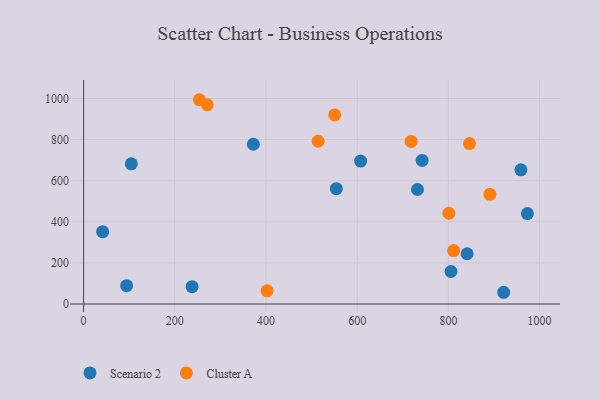
{"axis": {"x": "Investment", "y": "Demand"}, "legend": ["Cluster A", "Scenario 2"], "data": [{"x": "732.2", "y": 557.2, "type": "Scenario 2"}, {"x": "805.7", "y": 158.1, "type": "Scenario 2"}, {"x": "237.9", "y": 84.2, "type": "Scenario 2"}, {"x": "841.0", "y": 244.6, "type": "Scenario 2"}, {"x": "607.5", "y": 695.6, "type": "Scenario 2"}, {"x": "921.2", "y": 57.1, "type": "Scenario 2"}, {"x": "372.2", "y": 777.3, "type": "Scenario 2"}, {"x": "742.4", "y": 698.7, "type": "Scenario 2"}, {"x": "973.2", "y": 440.2, "type": "Scenario 2"}, {"x": "41.7", "y": 351.8, "type": "Scenario 2"}, {"x": "94.3", "y": 89.3, "type": "Scenario 2"}, {"x": "104.6", "y": 682.2, "type": "Scenario 2"}, {"x": "959.0", "y": 653.1, "type": "Scenario 2"}, {"x": "554.2", "y": 561.2, "type": "Scenario 2"}, {"x": "890.9", "y": 533.7, "type": "Cluster A"}, {"x": "402.5", "y": 64.2, "type": "Cluster A"}, {"x": "550.6", "y": 920.1, "type": "Cluster A"}, {"x": "253.9", "y": 994.0, "type": "Cluster A"}, {"x": "811.5", "y": 259.8, "type": "Cluster A"}, {"x": "846.2", "y": 780.6, "type": "Cluster A"}, {"x": "718.4", "y": 791.1, "type": "Cluster A"}, {"x": "271.2", "y": 969.2, "type": "Cluster A"}, {"x": "514.3", "y": 792.0, "type": "Cluster A"}, {"x": "801.1", "y": 441.5, "type": "Cluster A"}]}